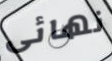
نهائى